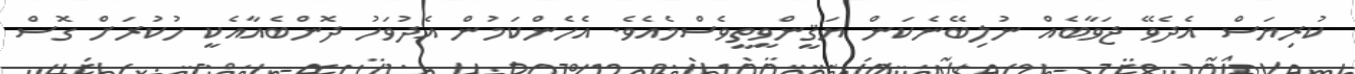
ކުރިޔަސް އެދެވޭ ޖަވާބެއް ނުލިބޭނެކަން ޔަޤީންވީތީވެސްމެއެވެ. އެހެންކަމުން އެދުވަހު ދޮންބެއާއެކީ ހުކުރަށް ގޮސް